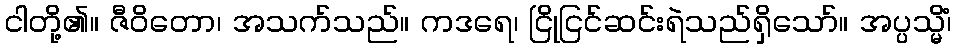
ငါတို့၏။ ဇီဝိတော၊ အသက်သည်။ ကဒရေ၊ ငြိုငြင်ဆင်းရဲသည်ရှိသော်။ အပ္ပသ္မိံ၊